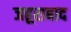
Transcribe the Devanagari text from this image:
जहूराबाद